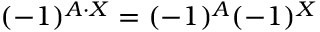
( - 1 ) ^ { A \cdot X } = ( - 1 ) ^ { A } ( - 1 ) ^ { X }